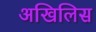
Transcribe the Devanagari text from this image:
अखिलिस